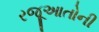
રજૂઆતોની